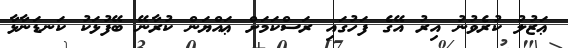
ޢަޒުލު ކުރެވުނު އިރު އޭގެ ފަހުގައި ރަސްކަމަށް ޢައްޔަން ކުރާނޭ ބޭފުޅަކު ކަނޑަނާޅާ